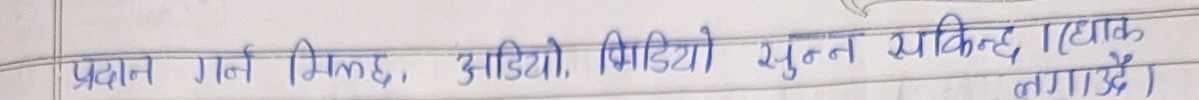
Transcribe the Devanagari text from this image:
प्रदान गर्न मिल्छ , अडियो , भिडियो , सुन्न सकिन्छ । (यथार्थ लाग्दछै )